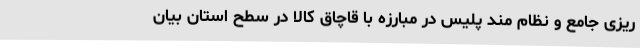
ریزی جامع و نظام مند پلیس در مبارزه با قاچاق کالا در سطح استان بیان